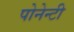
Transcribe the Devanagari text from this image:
पोनेन्टी